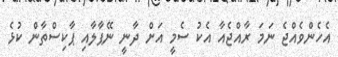
އެހެންވެއްޖެ ނަމަ ރާއްޖެއާ އެކު ސެމީ އަށް ދާނީ ނޭޕާލާއި ޕާކިސްތާން ކުޅެ